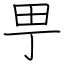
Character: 甼